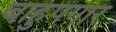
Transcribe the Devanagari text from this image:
बाहुपगार